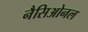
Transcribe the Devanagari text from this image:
नैसिओनल